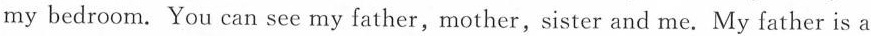
my bedroom. You can see my father,mother,sister and me. My father is a